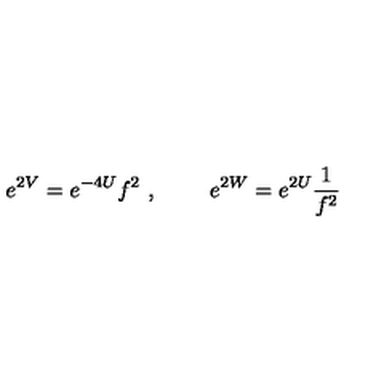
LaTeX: e ^ { 2 V } = e ^ { - 4 U } f ^ { 2 } \ , \ \qquad e ^ { 2 W } = e ^ { 2 U } \frac { 1 } { f ^ { 2 } }